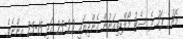
މެޗުގެ ފަހު ދެ ސެޓު މޯލްޑިވިއަނުން ގެންދިޔައީ 22-25 އަދި 15-25 އިންނެވެ.